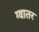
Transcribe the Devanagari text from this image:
ग्वातर